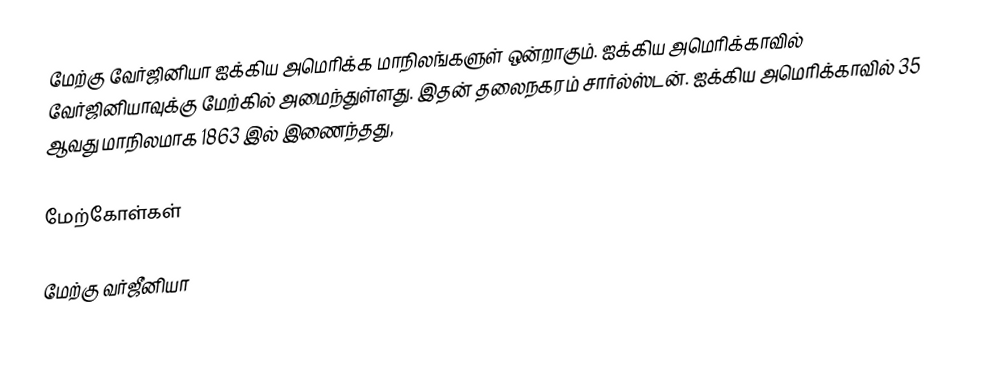
மேற்கு வேர்ஜினியா ஐக்கிய அமெரிக்க மாநிலங்களுள் ஒன்றாகும். ஐக்கிய அமெரிக்காவில் வேர்ஜினியாவுக்கு மேற்கில் அமைந்துள்ளது. இதன் தலைநகரம் சார்ல்ஸ்டன். ஐக்கிய அமெரிக்காவில் 35 ஆவது மாநிலமாக 1863 இல் இணைந்தது,

மேற்கோள்கள்

மேற்கு வர்ஜீனியா